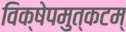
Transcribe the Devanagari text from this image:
विक्षेपमुत्कटम्